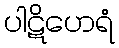
ပါဋိဟေရံ